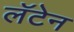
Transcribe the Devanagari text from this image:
लॅटेन